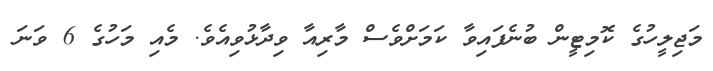
މަޖިލީހުގެ ކޮމިޓީން ބުނެފައިވާ ކަމަށްވެސް މާރިއާ ވިދާޅުވިއެވެ. މެއި މަހުގެ 6 ވަނަ